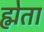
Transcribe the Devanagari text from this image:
ह्मेता